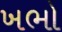
ખભો